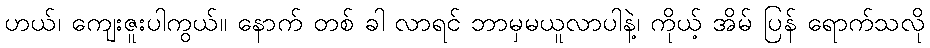
ဟယ်၊ ကျေးဇူးပါကွယ်။ နောက် တစ် ခါ လာရင် ဘာမှမယူလာပါနဲ့၊ ကိုယ့် အိမ် ပြန် ရောက်သလို